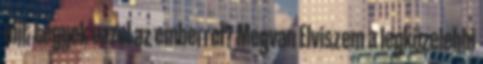
mit tegyek ezzel az emberrel? Megvan Elviszem a legközelebbi